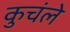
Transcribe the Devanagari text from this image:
कुचंले